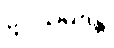
ဥပသမ္ပဒန္တိ